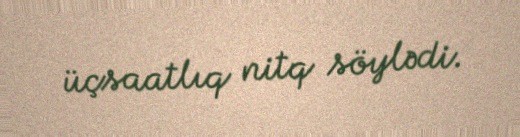
üçsaatlıq nitq söylədi.